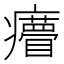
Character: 𤼁